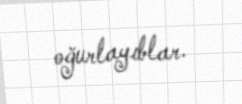
oğurlayıblar.